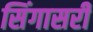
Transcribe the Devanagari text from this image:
सिंगासरी